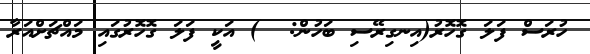
ހުރަސް ފަލަ ގޮހޮރު(އިނގިރޭސި ބަހުން:  ) އަކީ ފަލަ ގޮހޮރުގައި މައްޗަށްއަރާ